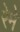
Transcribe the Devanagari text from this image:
रेमे